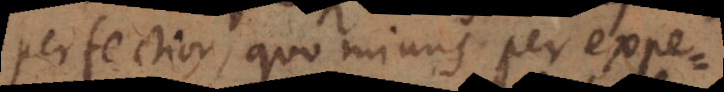
perfectior, quo minus per expe